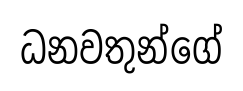
ධනවතුන්ගේ